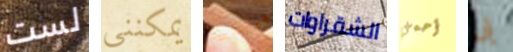
لست يمكنني ذكرياتك الشقراوات أحمي بى